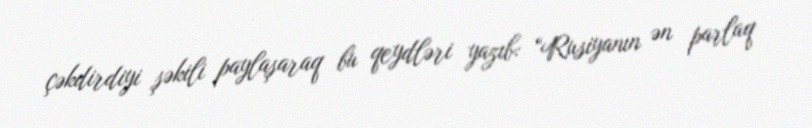
çəkdirdiyi şəkili paylaşaraq bu qeydləri yazıb: “Rusiyanın ən parlaq